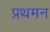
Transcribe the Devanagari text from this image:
प्रथमन